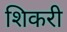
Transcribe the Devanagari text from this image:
शिकरी